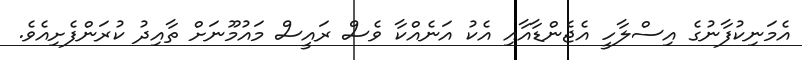
އެމަނިކުފާނުގެ އިސްލާހީ އެޖެންޑާއާއި އެކު އަނެއްކާ ވެސް ރައީސް މައުމޫނަށް ތާއިދު ކުރަންފެށިއެވެ.